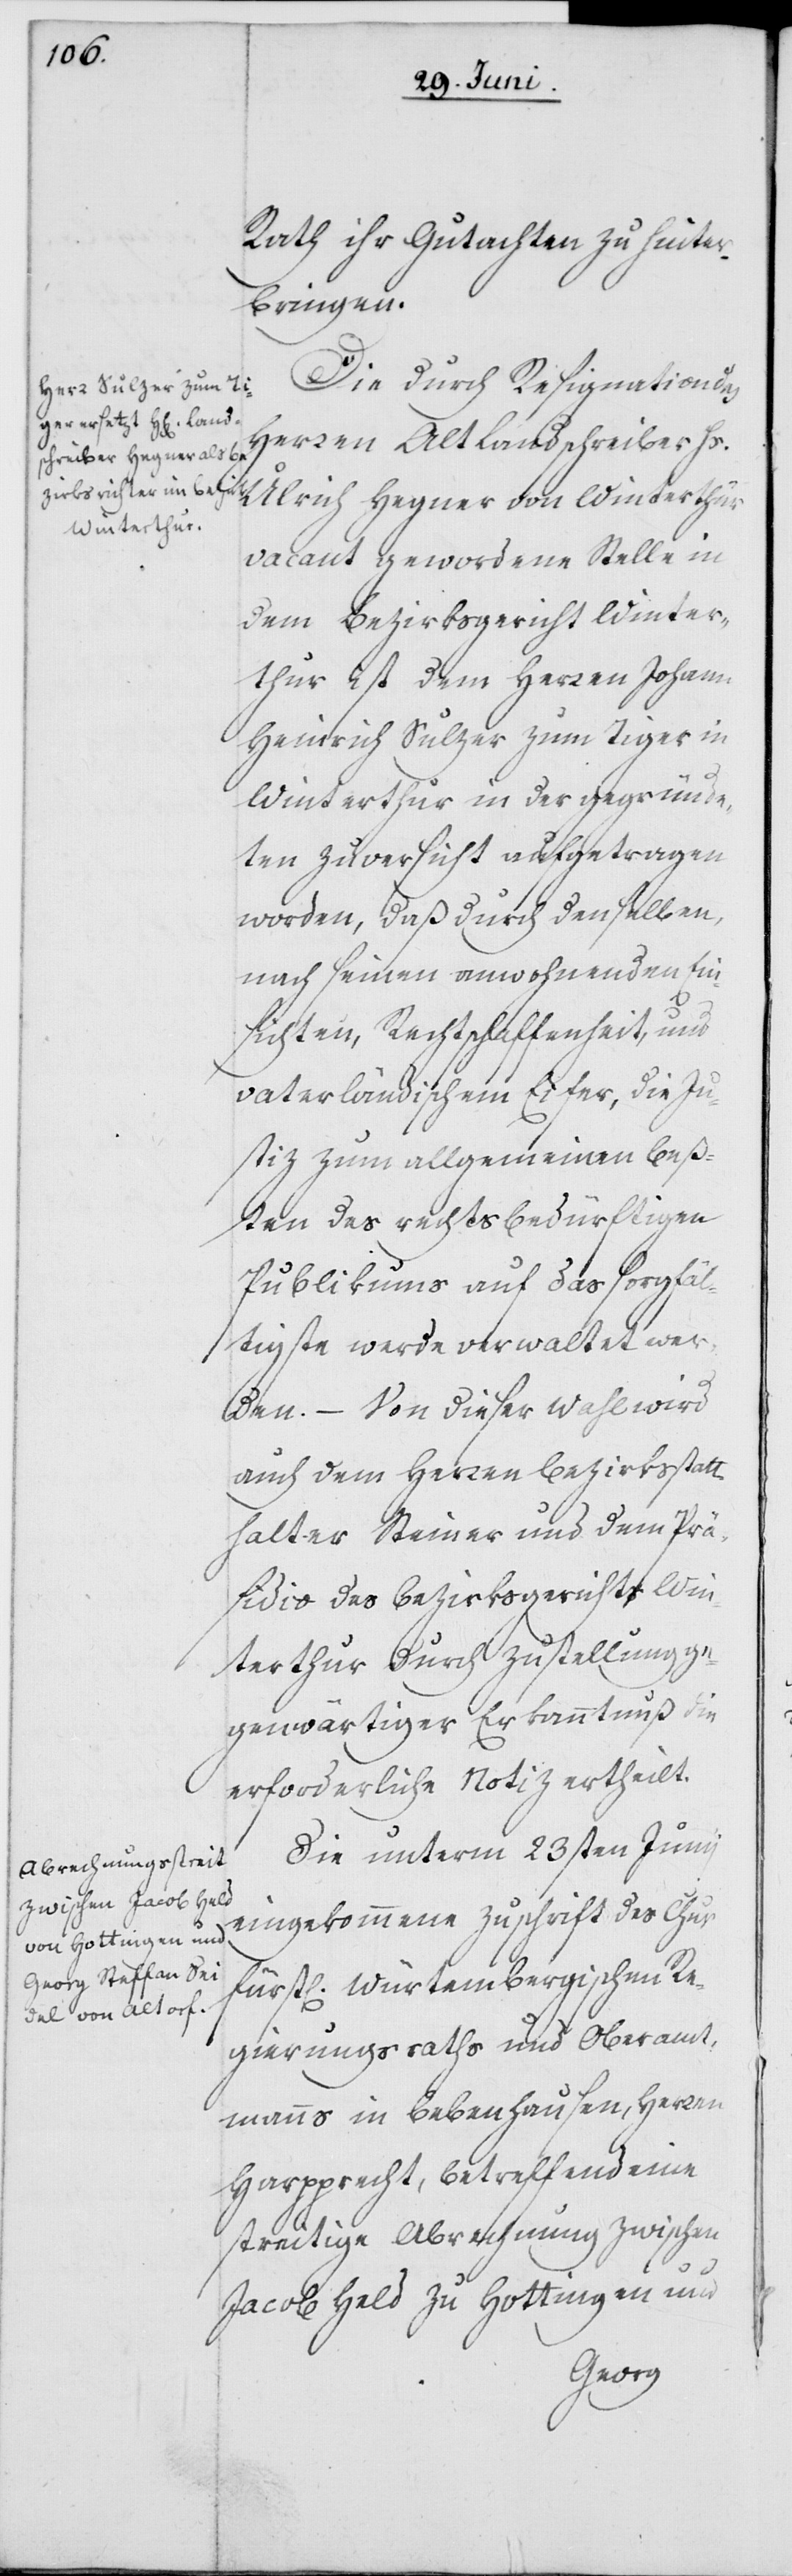
Rath ihr Gutachten zu hinter¬
bringen.
Die durch Resignation des
Herren Alt Landschreiber H¬
s. Ulrich Hegner von Winterthur
vacant gewordene Stelle in
dem Bezirksgericht Winter¬
thur ist dem Herren Johann
Heinrich Sulzer zum Tiger in
Winterthur in der gegründe¬
ten Zuversicht aufgetragen
worden, daß durch denselben,
nach seinen anwohnenden Ein¬
sichten, Rechtschaffenheit, und
vaterländischem Eifer, die Ju¬
stiz zum allgemeinen beß¬
ten des rechtsbedürftigen
Publikums auf das sorgfä¬
ltigste werde verwaltet wer¬
den. – Von dieser Wahl wird
auch dem Herren Bezirksstatt¬
halter Steiner und dem Prä¬
sidio des Bezirksgerichts Win¬
terthur durch Zustellung ge¬
genwärtiger Erkanntnuß die
erforderliche Notiz ertheilt.
Die unterm 23sten Junii
eingekommene Zuschrift des Chur
fürstl[ichen] Würtembergischen Re¬
gierungsraths und Oberamt¬
manns in Bebenhausen, Herren
Harpprecht, betreffend eine
streitige Abrechnung zwischen
Jacob Held zu Hottingen und